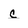
Character: c